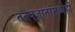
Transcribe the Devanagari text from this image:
तत्त्वज्ञानांमध्येही